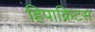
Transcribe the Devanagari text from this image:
हिपाक्रिटस